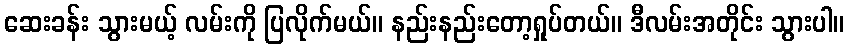
ဆေးခန်း သွားမယ့် လမ်းကို ပြလိုက်မယ်။ နည်းနည်းတော့ရှုပ်တယ်။ ဒီလမ်းအတိုင်း သွားပါ။